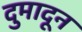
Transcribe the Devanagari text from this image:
दुमादून